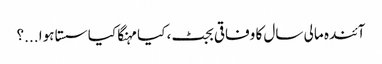
آئندہ مالی سال کا وفاقی بجٹ، کیا مہنگا کیا سستا ہوا ...؟